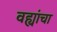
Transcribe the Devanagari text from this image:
वह्यांचा